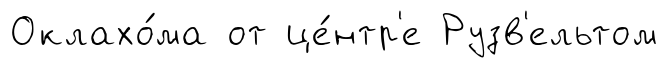
Оклахо́ма от це́нтр'е Рузв'ельтом